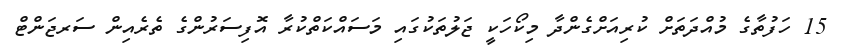
15 ހަފުތާގެ މުއްދަތަށް ކުރިއަށްގެންދާ މިކޯހަކީ ޖަލުތަކުގައި މަސައްކަތްކުރާ އޮފިސަރުންގެ ތެރެއިން ސަރޖަންޓް